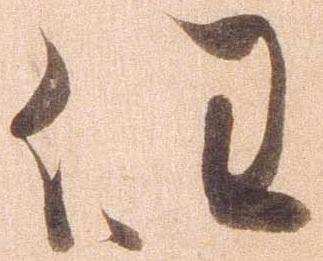
任